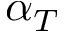
\alpha _ { T }